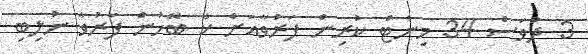
3 ދުވަސް 34 މިނެޓް ކުރިން ފަރުވާއަށް ކާ ބޭހުން ފަރުވާ ނުލިބި